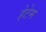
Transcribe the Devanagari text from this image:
हेटेम